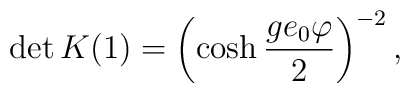
\det{K}(1)=\left(\cosh\frac{ge_{0}\varphi}{2}\right)^{-2},